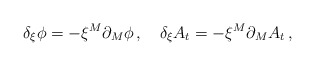
\begin{align*}\delta_\xi \phi = - \xi^M \partial_M \phi\,, \quad \delta_\xi A_t = - \xi^M \partial_M A_t\,,\end{align*}